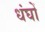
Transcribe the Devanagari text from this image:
धंघों